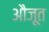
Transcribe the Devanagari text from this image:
औजूत